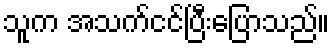
သူက အသက်ငင်ပြီးပြောသည်။